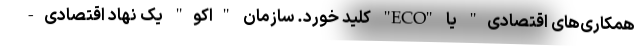
همکاری‌های اقتصادی" یا "ECO" کلید خورد. سازمان "اکو" یک نهاد اقتصادی-